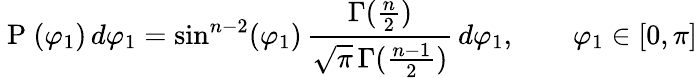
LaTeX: \mathrm{~P~}(\varphi_{1})\, d\varphi_{1}=\sin^{n-2}(\varphi_{1})\, \frac{\Gamma(\frac{n}{2})}{\sqrt{\pi}\, \Gamma(\frac{n-1}{2})}\, d\varphi_{1},\qquad\varphi_{1}\in[0,\pi]